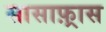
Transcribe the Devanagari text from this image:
सासाफ़्रास